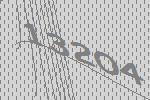
13204